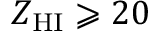
Z _ { \mathrm { H I } } \geqslant 2 0